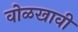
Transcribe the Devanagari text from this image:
वोळखावी